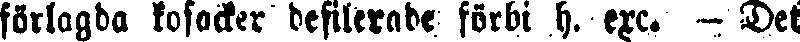
förlagda kosacker defilerade förbi h. exc. — Det